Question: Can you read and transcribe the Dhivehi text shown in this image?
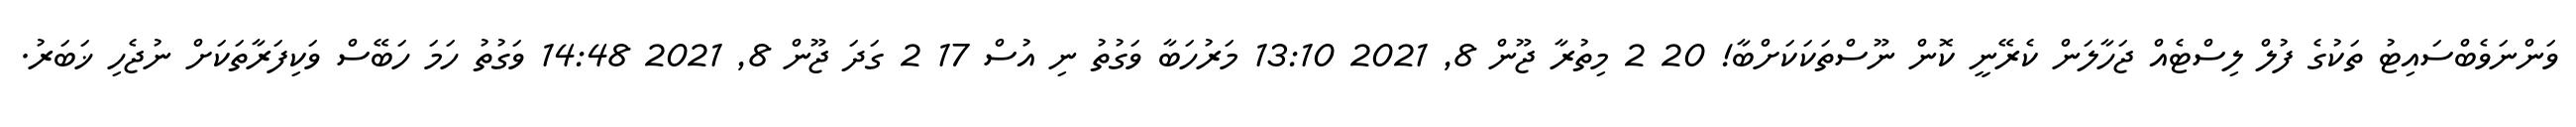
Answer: ވަންނަވެބްސައިޓު ތަކުގެ ފުލް ލިސްޓެއް ޖަހާލަން ކެރޭނީ ކޮން ނޫސްތަކަކަށްބާ! 20 2 މިތުރާ ޖޫން 8, 2021 13:10 މަރުހަބާ ވަގުތު ނި އުސް 17 2 ގަދަ ޖޫން 8, 2021 14:48 ވަގުތު ހަމަ ހަބޭސް ވަކިފަރާތަކަށް ނުޖެހި ޚަބަރު.